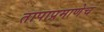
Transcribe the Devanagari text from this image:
तापाप्रमाणेच